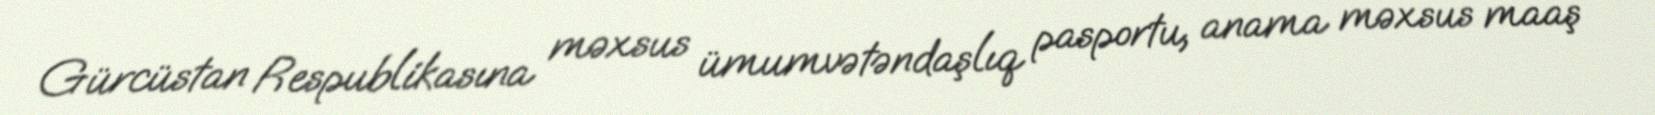
Gürcüstan Respublikasına məxsus ümumvətəndaşlıq pasportu, anama məxsus maaş